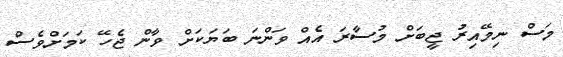
މަސް ނިމޭއިރު ޖީބަށް މުސާރަ އެއް ވަންނަ ބަޔަކަށް ވާން ޖެހޭ ކަމަށްވެސް